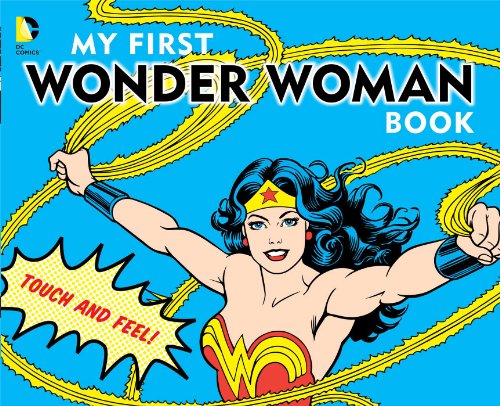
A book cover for My First Wonder Woman Book: Touch and Feel (DC Super Heroes); David Bar Katz; Children's Books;